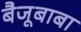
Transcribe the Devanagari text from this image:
बैजूबाबा